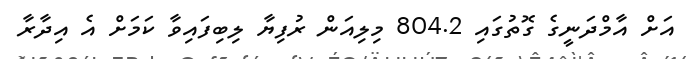
އަށް އާމްދަނީގެ ގޮތުގައި 804.2 މިލިއަން ރުފިޔާ ލިބިފައިވާ ކަމަށް އެ އިދާރާ